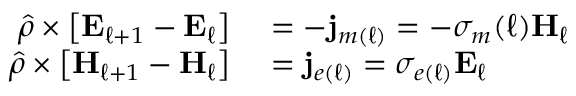
\begin{array} { r l } { \hat { \rho } \times \left[ \mathbf { E } _ { \ell + 1 } - \mathbf { E } _ { \ell } \right] } & { { } = - \mathbf { j } _ { m ( \ell ) } = - \sigma _ { m } ( \ell ) \mathbf { H } _ { \ell } } \\ { \hat { \rho } \times \left[ \mathbf { H } _ { \ell + 1 } - \mathbf { H } _ { \ell } \right] } & { { } = \mathbf { j } _ { e ( \ell ) } = \sigma _ { e ( \ell ) } \mathbf { E } _ { \ell } } \end{array}